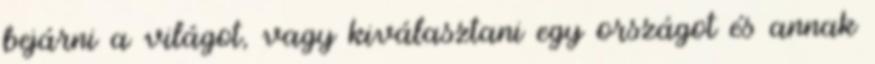
bejárni a világot, vagy kiválasztani egy országot és annak